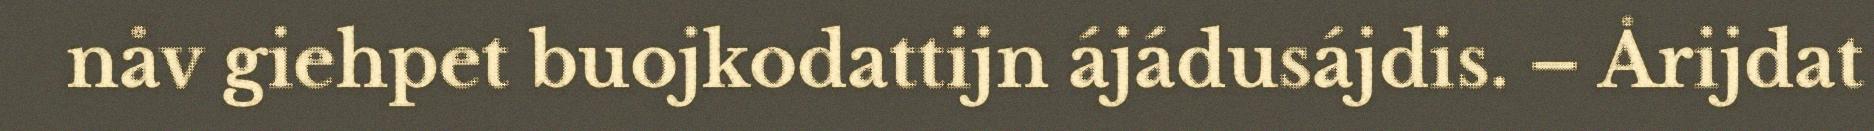
nåv giehpet buojkodattijn ájádusájdis. – Årijdat